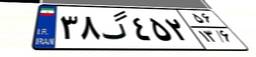
۴۶گ۰۸۳۴۴